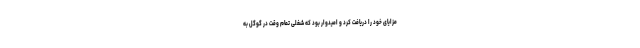
مزایای خود را دریافت کرد و امیدوار بود که شغلی تمام وقت در گوگل به